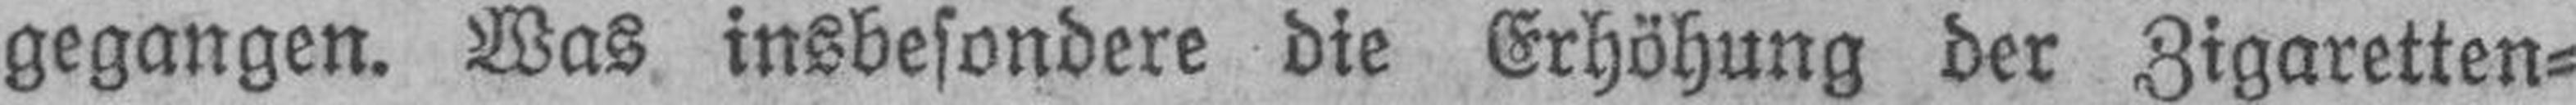
gegangen. Was insbesondere die Erhöhung der Zigaretten¬